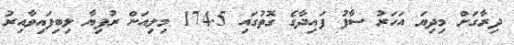
ދިރާގަށް މިދިޔަ އަހަރު ސާފު ފައިދާގެ ގޮތުގައި 174.5 މިލިއަން ރުފިޔާ ލިބިފައިވާއިރު